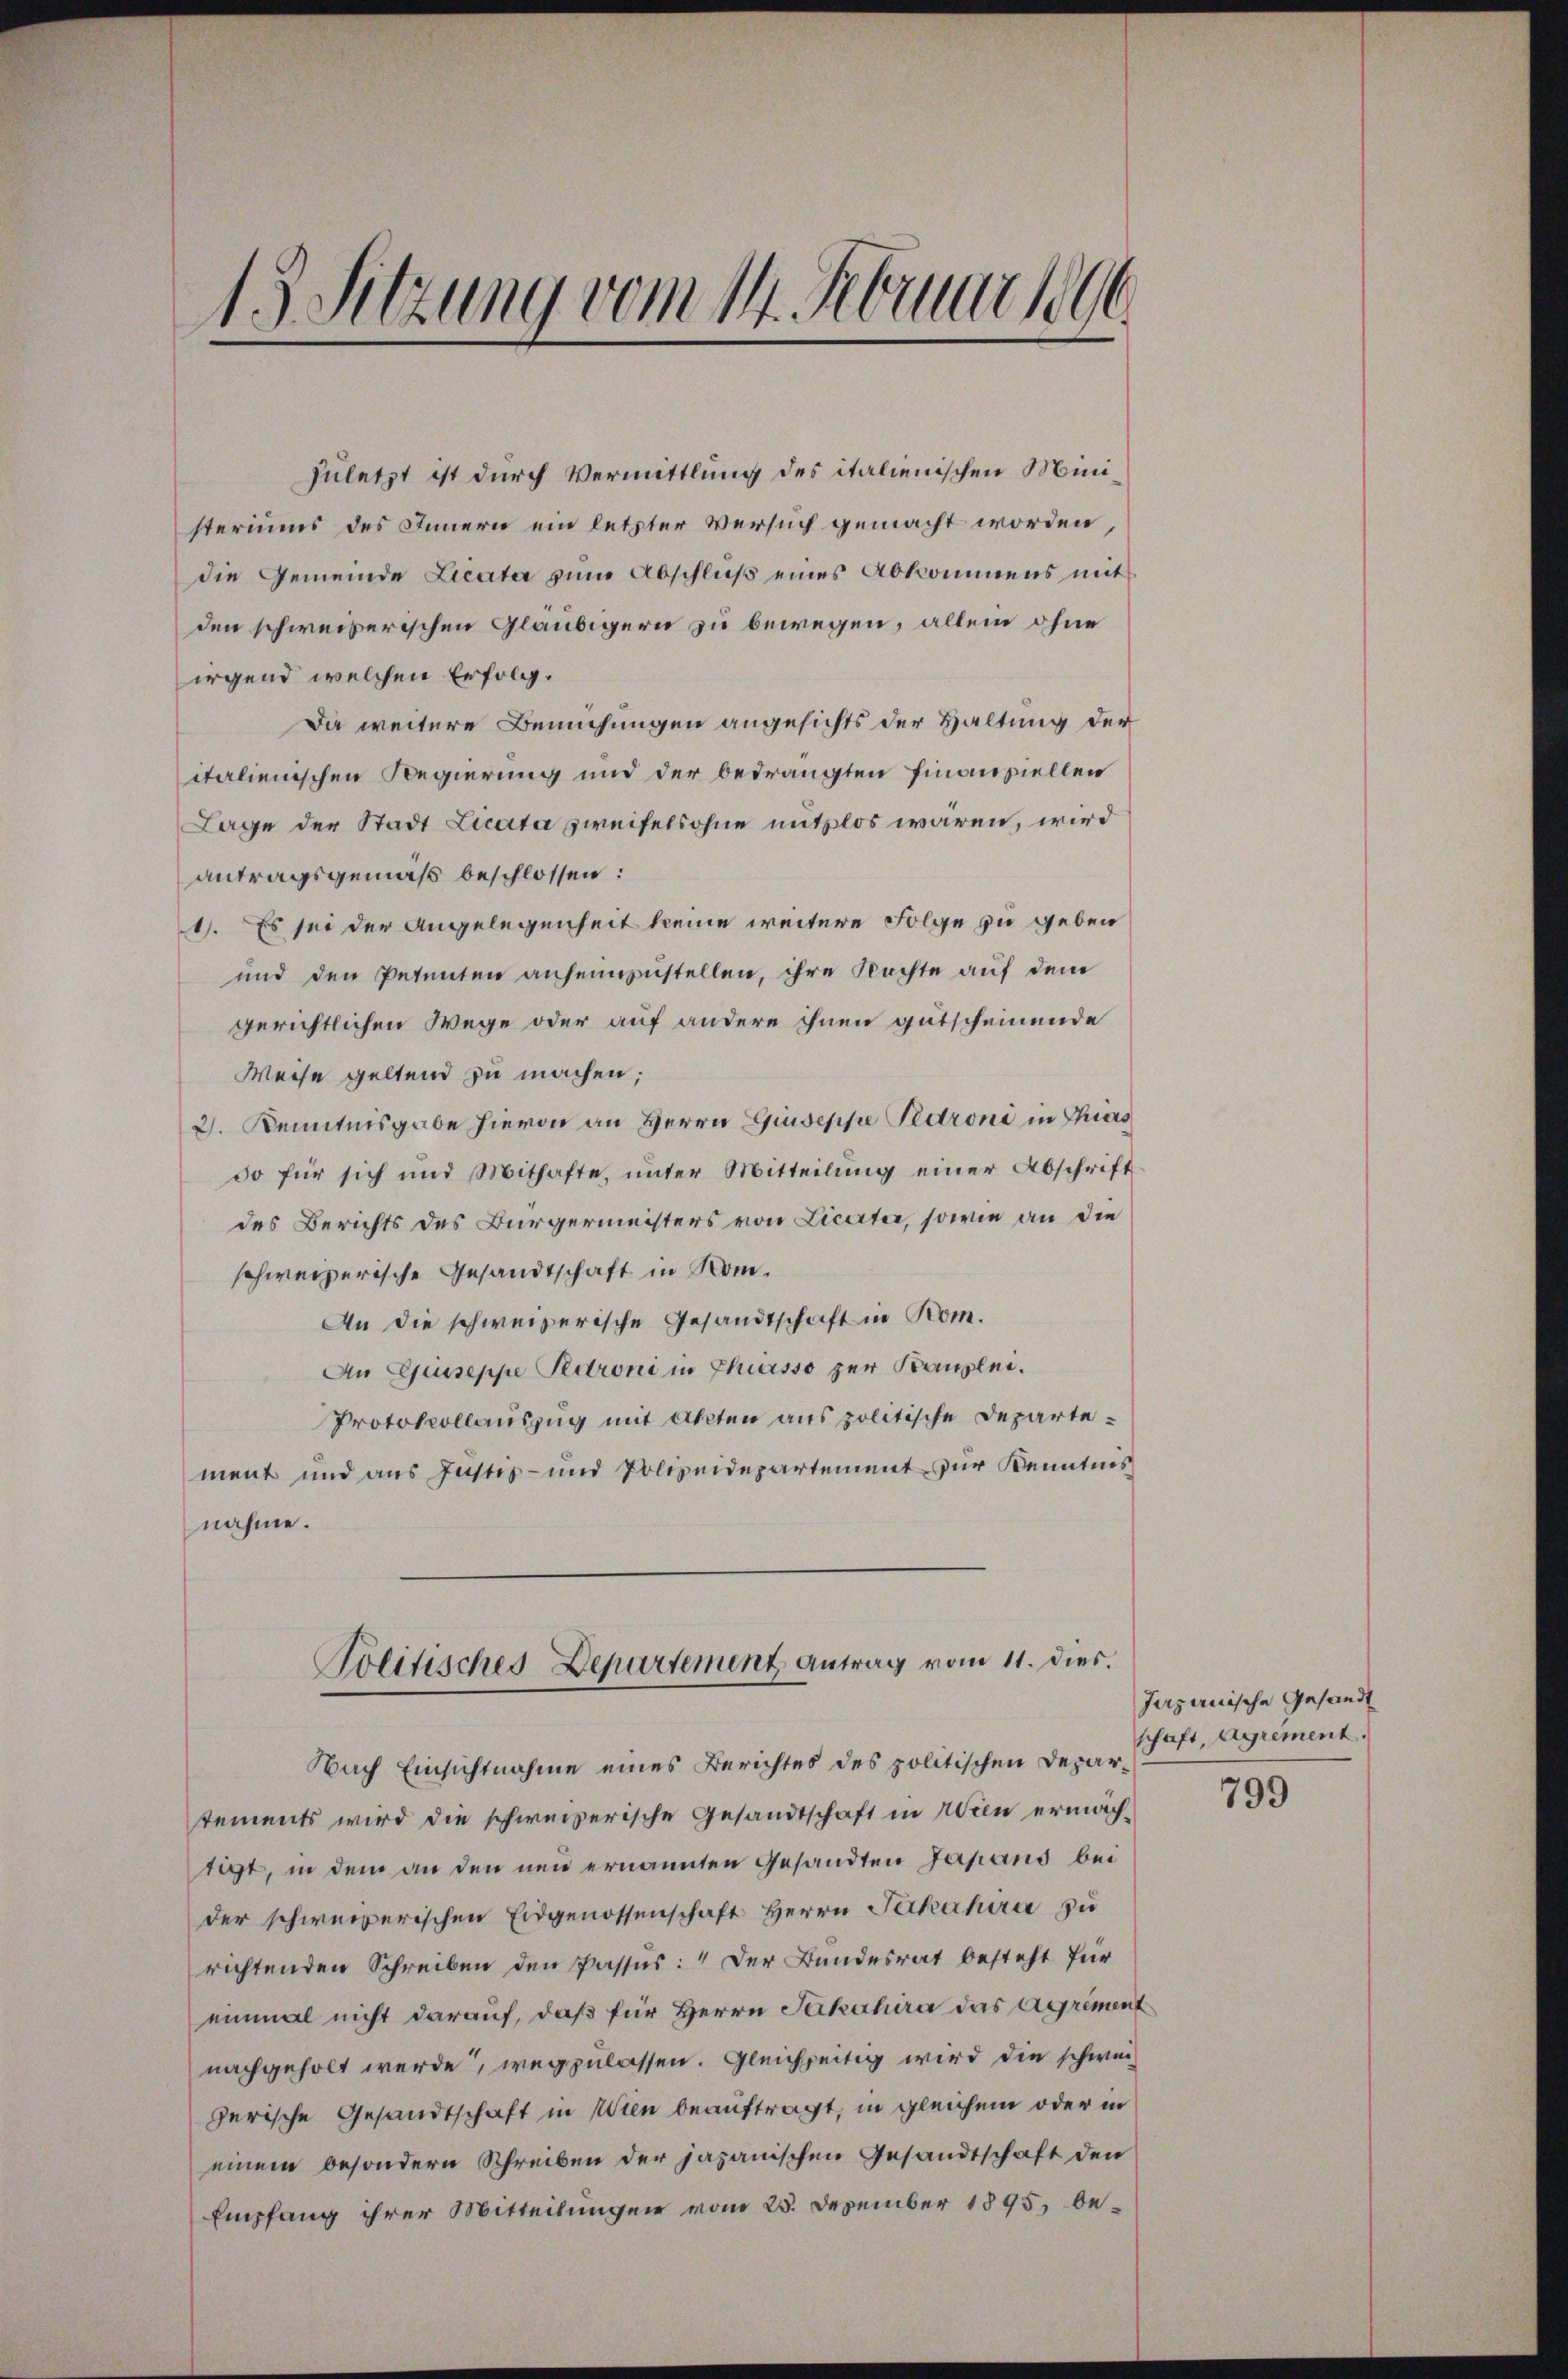
1 Sitzung vom 14. Februar 1896

zuletzt ist durch Vermittlung des italienischen Ministeriums des Innern ein letzter Versuch gemacht worden,
die Gemeinde Licata zum Abschlŭβ eines Abkommens mit
den schweizerischen Gläubigern zu bewegen, allein ohne
irgend welchen Erfolg.
Da weitere Bemühungen angesichts der Haltung der
italienischen Regierung und der bedrängten Finanziellen
Lage der Stadt Licata zweifelsohne mitzlos waren, wird
antragsgemäß beschlossen:
1). Es sei der Angelegenheit keine weitere Folge zu geben
und den Petenten anheimzustellen, ihre Nachte auf dem
gerichtlichen Wege oder auf andere ihnen gutscheinende
Weise geltend zu machen;
2. Kenntnisgabe hievon an Herrn Giuseppe Pidroni in Chias
so für sich und Mithafte, unter Mitteilung einer Abschrift
des Berichts des Bürgermeisters von Liciter, sowie an die
schweizerische Gesandtschaft in Kom¬
An die schweizerische Gesandtschaft in Rom.
An Geiseppe Pedroni in Chasso zur Kanzlei.
Protokollauszug mit Akten aus politische Departement und aus Justiz- und Polizeidepartement zur Kenntnis
nahme.
Politisches Departement Antrag vom 11. dies.
Nach Einsichtnahme eines Berichtes des politischen Departements wird die schweizerische Gesandtschaft in Wien ermächtigt, in dem an den neu ernannten Gesandten Japans bei
der schweizerischen Eidgenossenschaft Herrn Ferkehrer zu
richtenden Schreiben den Passus: "Der Bundesrat besteht für
einmal nicht darauf, daß für Herrn Jakahira das Agriment
nachgeholt werde, wegzulassen. Gleichzeitig wird die schweizerische Gesandtschaft in Wien beauftragt, in gleichem oder in
einem besondern Schreiben der japanischen Gesandtschaft den
Empfang ihrer Mitteilungen vom 25. Dezember 1895, be¬

Japanische Gesandt
schaft, Agrement.

799